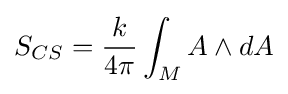
S_{CS}={\frac {k}{4\pi }}\int _{M}A\wedge dA